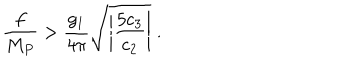
\frac { f } { M _ { P } } > \frac { g _ { 1 } } { 4 \pi } \sqrt { \left| \frac { 5 c _ { 3 } } { c _ { 2 } } \right| } \; .